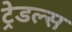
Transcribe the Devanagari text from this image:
ट्रेडल्स